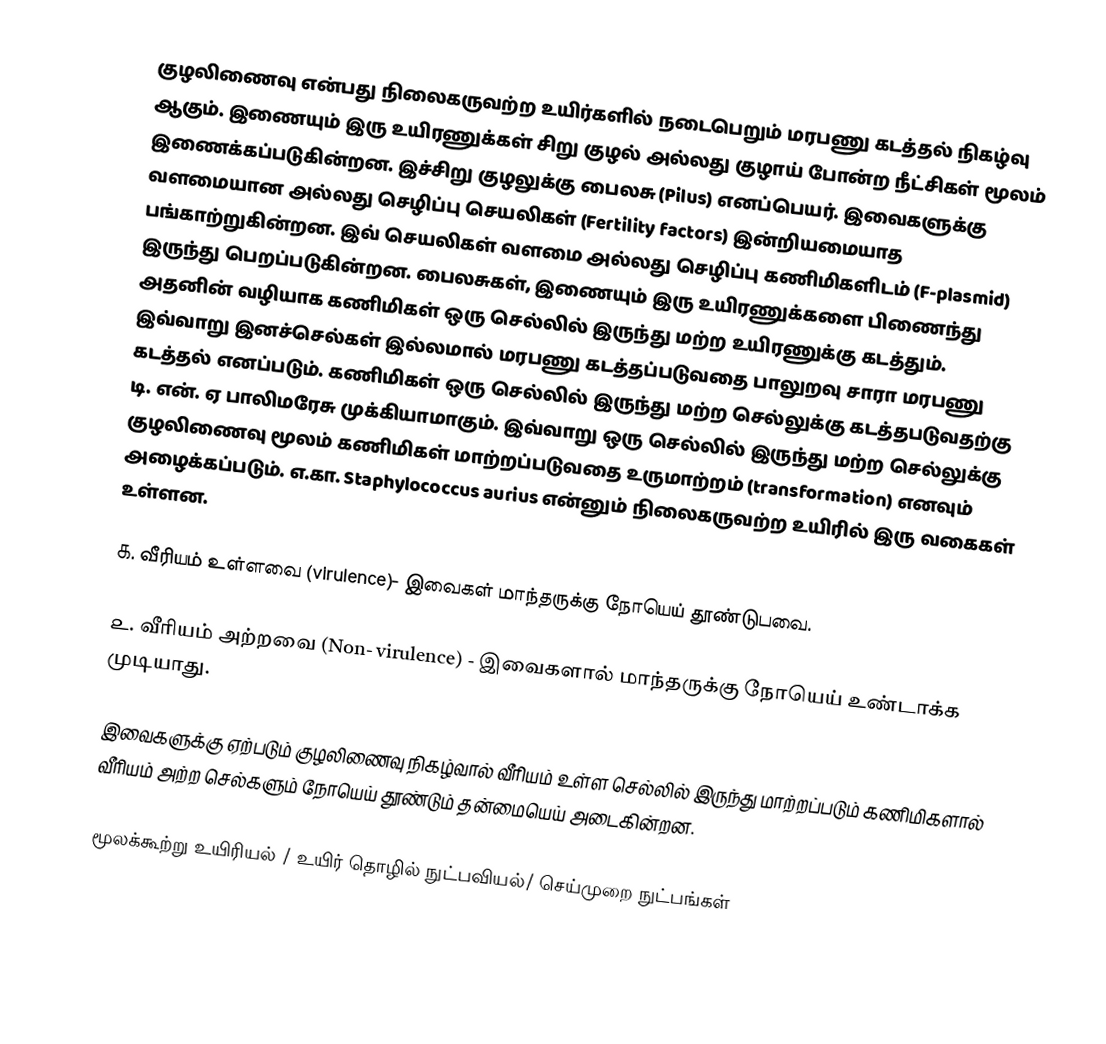
குழலிணைவு என்பது நிலைகருவற்ற உயிர்களில் நடைபெறும் மரபணு கடத்தல் நிகழ்வு ஆகும். இணையும் இரு உயிரணுக்கள் சிறு குழல் அல்லது குழாய் போன்ற நீட்சிகள் மூலம் இணைக்கப்படுகின்றன. இச்சிறு குழலுக்கு பைலசு (Pilus) எனப்பெயர். இவைகளுக்கு வளமையான அல்லது செழிப்பு செயலிகள் (Fertility factors) இன்றியமையாத பங்காற்றுகின்றன. இவ் செயலிகள் வளமை அல்லது செழிப்பு கணிமிகளிடம் (F-plasmid) இருந்து பெறப்படுகின்றன. பைலசுகள், இணையும் இரு உயிரணுக்களை பிணைந்து அதனின் வழியாக கணிமிகள் ஒரு செல்லில் இருந்து மற்ற உயிரணுக்கு கடத்தும். இவ்வாறு இனச்செல்கள் இல்லமால் மரபணு கடத்தப்படுவதை பாலுறவு சாரா மரபணு கடத்தல் எனப்படும். கணிமிகள் ஒரு செல்லில் இருந்து மற்ற செல்லுக்கு கடத்தபடுவதற்கு டி. என். ஏ பாலிமரேசு முக்கியாமாகும். இவ்வாறு ஒரு செல்லில் இருந்து மற்ற செல்லுக்கு குழலிணைவு மூலம் கணிமிகள் மாற்றப்படுவதை உருமாற்றம் (transformation) எனவும் அழைக்கப்படும். எ.கா. Staphylococcus aurius  என்னும் நிலைகருவற்ற உயிரில் இரு வகைகள் உள்ளன.

௧. வீரியம் உள்ளவை (virulence)- இவைகள் மாந்தருக்கு நோயெய் தூண்டுபவை.

௨. வீரியம் அற்றவை (Non- virulence) - இவைகளால் மாந்தருக்கு நோயெய் உண்டாக்க முடியாது.

இவைகளுக்கு ஏற்படும் குழலிணைவு நிகழ்வால் வீரியம் உள்ள செல்லில் இருந்து மாற்றப்படும் கணிமிகளால் வீரியம் அற்ற செல்களும் நோயெய் தூண்டும் தன்மையெய் அடைகின்றன.

மூலக்கூற்று உயிரியல் / உயிர் தொழில் நுட்பவியல்/ செய்முறை நுட்பங்கள்